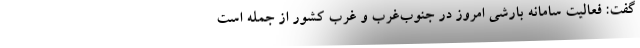
گفت: فعالیت سامانه بارشی امروز در جنوب‌غرب و غرب کشور از جمله است